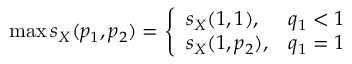
\operatorname* { m a x } s _ { X } ( p _ { 1 } , p _ { 2 } ) = \left\{ \begin{array} { l l } { s _ { X } ( 1 , 1 ) , } & { q _ { 1 } < 1 } \\ { s _ { X } ( 1 , p _ { 2 } ) , } & { q _ { 1 } = 1 } \end{array} \right.